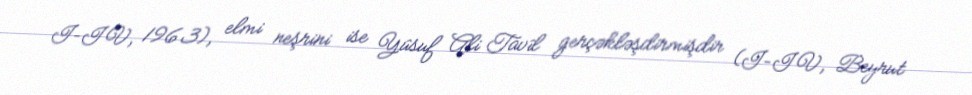
I–IV, 1963), elmi neşrini ise Yûsuf Ali Tavîl gerçəkləşdirmişdir (I–IV, Beyrut